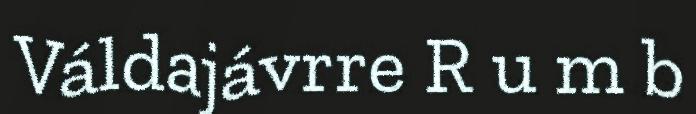
Váldajávrre R u m b